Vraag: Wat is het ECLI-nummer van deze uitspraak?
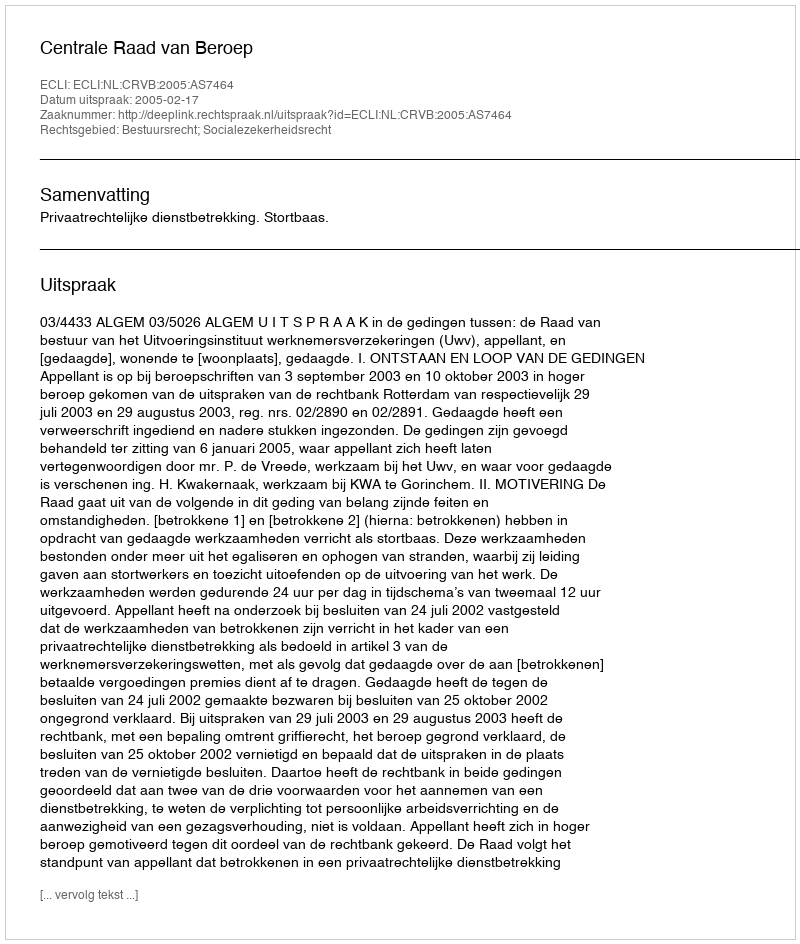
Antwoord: ECLI:NL:CRVB:2005:AS7464